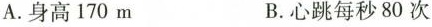
A.身高170m B.心跳每秒80次